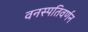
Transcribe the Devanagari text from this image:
वनस्पतिवर्णन